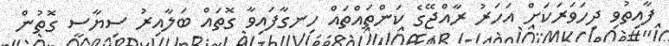
ފާއިތުވި ދިހަވަރަކަށް އަހަރު ރާއްޖޭގެ ކަންތައްތައް ހިނގާފައިވާ ގޮތައް ބަލާއިރު ސިޔާސީ ގޮތުން